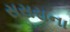
સસરાના